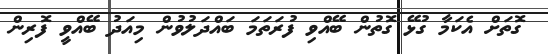
ގޮތަށް އެކަމާ ގުޅޭ ގޮތުން ބޭއްވި ފުރަތަމަ ބައްދަލުވުން މިއަދު ބޭއްވީ ފޮރިން